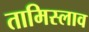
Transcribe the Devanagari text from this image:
तामिस्लाव